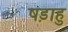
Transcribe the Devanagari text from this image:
षड़ाहु